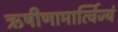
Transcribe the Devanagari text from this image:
ऋषीणामार्त्विज्यं